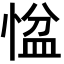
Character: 𢞂